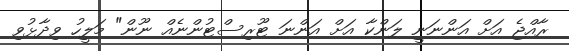
ރާއްޖެ އަށް އަންނަނީ ލަންކާ އަށް އަންނަ ޓޫރިސްޓުންނެއް ނޫން" މަލީހު ވިދާޅުވި